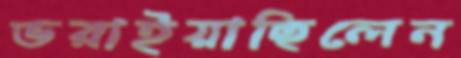
ভরাইয়াছিলেন